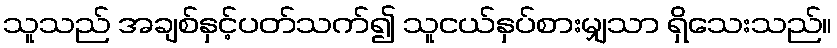
သူသည် အချစ်နှင့်ပတ်သက်၍ သူငယ်နှပ်စားမျှသာ ရှိသေးသည်။